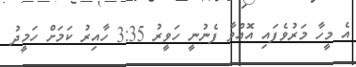
އެ މީހާ މަރުވެފައި އޮއްވާ ފެނުނީ ހަވީރު 3:35 ހާއިރު ކަމަށް ހަމީދު